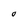
Character: O